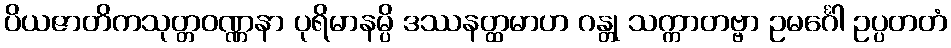
ပိယဇာတိကသုတ္တဝဏ္ဏနာ ပုရိမာနမ္ပိ ဒဿနတ္ထမာဟ ဂန္တု သက္ကာတဗ္ဗာ ဥမင်္ဂေါ ဥပ္ပတတံ